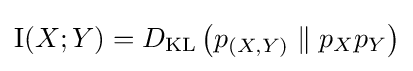
\operatorname {I} (X;Y)=D_{\text{KL}}\left(p_{(X,Y)}\parallel p_{X}p_{Y}\right)